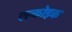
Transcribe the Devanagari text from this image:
एल्कोइक